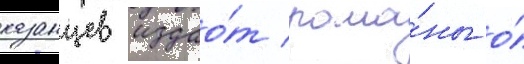
казанцев издао́т рома́ны о́